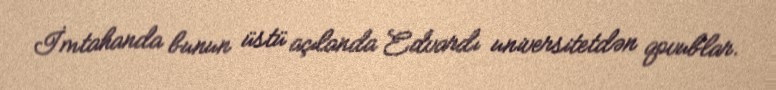
İmtahanda bunun üstü açılanda Edvardı universitetdən qovublar.